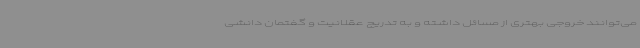
می‌توانند خروجی بهتری از مسائل داشته و به تدریج عقلانیت و گفتمان دانشی